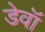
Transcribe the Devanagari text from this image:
डेवॉ